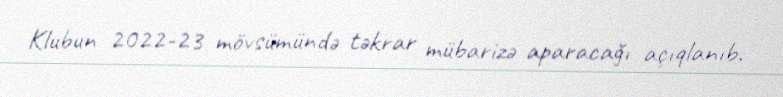
Klubun 2022-23 mövsümündə təkrar mübarizə aparacağı açıqlanıb.